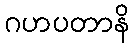
ဂဟပတာနိ